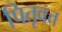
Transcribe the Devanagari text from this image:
पितृवत्त